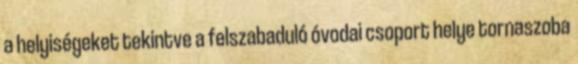
a helyiségeket tekintve a felszabaduló óvodai csoport helye tornaszoba